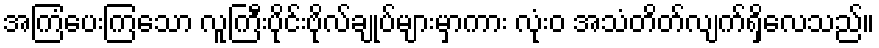
အကြံပေးကြသော လူကြီးပိုင်းဗိုလ်ချုပ်များမှာကား လုံးဝ အသံတိတ်လျက်ရှိလေသည်။